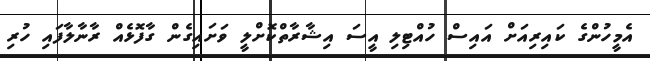
އެމީހުންގެ ކައިރިއަށް އައިސް ހުއްޓިލި އީސަ އިޝާރާތްކޮށްލީ ވަށައިގެން ގާފޮޅެއް ރާނާލާފައި ހުރި